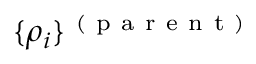
\{ \rho _ { i } \} ^ { \mathrm { ~ ( ~ p ~ a ~ r ~ e ~ n ~ t ~ ) ~ } }